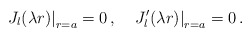
\begin{align*}\left. J_l(\lambda r)\right|_{r=a}=0\,{,} \quad\left. J'_l(\lambda r)\right|_{r=a}=0\,{.}\end{align*}